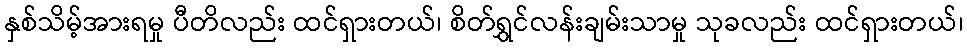
နှစ်သိမ့်အားရမှု ပီတိလည်း ထင်ရှားတယ်၊ စိတ်ရွှင်လန်းချမ်းသာမှု သုခလည်း ထင်ရှားတယ်၊